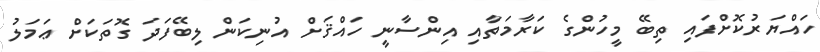
ހައްޔަރުކޮށްފައި ތިބޭ މީހުންގެ ކަރާމަތާއި އިންސާނީ ހައްޤަށް އުނިކަން ލިބޭފަދަ ގޮތަކަށް ޢަމަލު